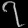
Digit: ၇